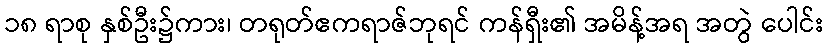
၁၈ ရာစု နှစ်ဦး၌ကား၊ တရုတ်ဧကရာဇ်ဘုရင် ကန်ရှီး၏ အမိန့်အရ အတွဲ ပေါင်း